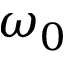
\omega _ { 0 }